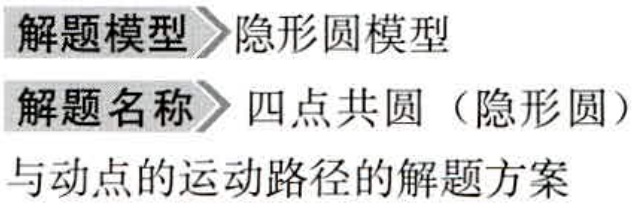
解题模型$\rhd$隐形圆模型

解题名称$\rhd$四点共圆（隐形圆）

与动点的运动路径的解题方案